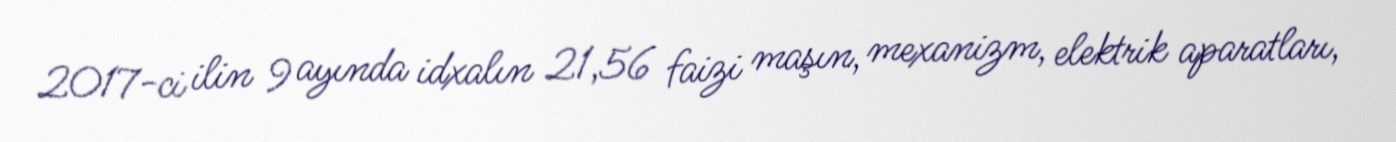
2017-ci ilin 9 ayında idxalın 21,56 faizi maşın, mexanizm, elektrik aparatları,